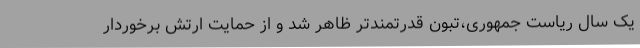
یک سال ریاست جمهوری،تبون قدرتمندتر ظاهر شد و از حمایت ارتش برخوردار